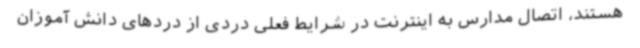
هستند، اتصال مدارس به اینترنت در شرایط فعلی دردی از دردهای دانش آموزان